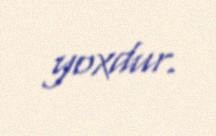
yoxdur.